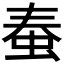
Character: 𧉾